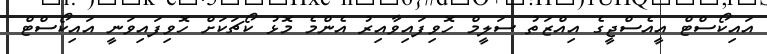
އައިކޯސްޓް އީއެސްޖީގެ އިއްޒަތު ސަލީމް ހޮވިފައިވާއިރު އެންމެ މޮޅު ކޯޗަކަށް ހޮވިފައިވަނީ އައިކޯސްޓް